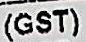
(GST)